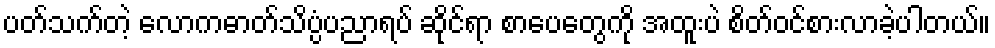
ပတ်သက်တဲ့ လောကဓာတ်သိပ္ပံပညာရပ် ဆိုင်ရာ စာပေတွေကို အထူးပဲ စိတ်ဝင်စားလာခဲ့ပါတယ်။